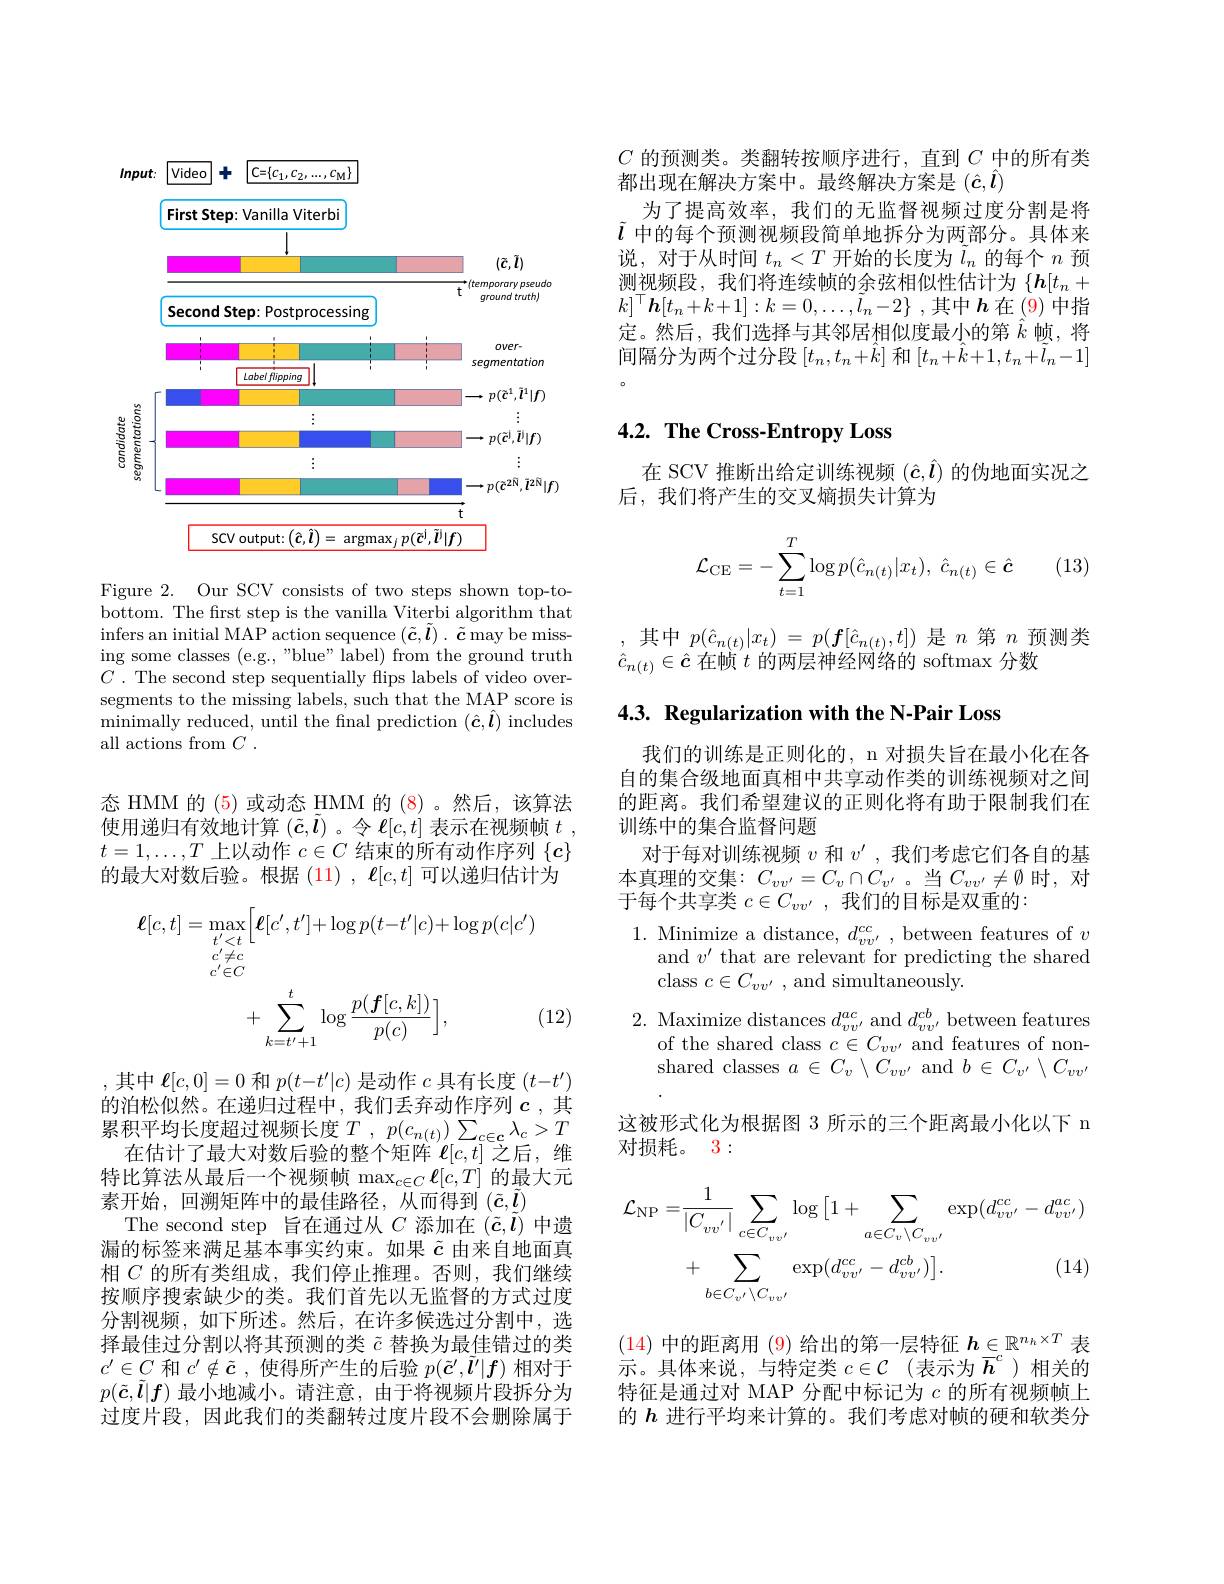
$\begin{array}{l}C\text{ 的预测类。类翻转按顺序进行，直到 }C\text{ 中的所有类}\\\text{都出现在解决方案中。最终解决方案是 }(\hat{c},\hat{l})\end{array}$
为了提高效率，我们的无监督视频过度分割是将$\tilde{l}$中的每个预测视频段简单地拆分为两部分。具体来说，对于从时间$t_n<T$开始的长度为$\tilde{l}_n$的每个$n$预测视频段，我们将连续帧的余弦相似性估计为$\left\{\boldsymbol{h}[t_n+\boldsymbol{l}]\right\}$ $k]^{\top}\boldsymbol{h}[t_n+k+1]:k=0,\ldots,\tilde{l}_n-2\}$ ,其中$h$在(9) 中指定。然后，我们选择与其邻居相似度最小的第$\hat{k}$帧，将间隔分为两个过分段$\left[t_n,t_n+\hat{k}\right]$和$\left[t_n+\hat{k}+1,t_n+\tilde{l}_n-1\right]$

<FigureHere>

Figure 2. Our SCV consists of two steps shown top-tobottom. The frst step is the vanilla Viterbi algorithm that infers an initial MAP action sequence $(\tilde{\boldsymbol{c}},\tilde{\boldsymbol{l}}).\tilde{\boldsymbol{c}}$ may be missing some classes (e.g.,"blue" label) from the ground truth $C.$ The second step sequentially flips labels of video oversegments to the missing labels, such that the MAP score is $\operatorname*{minimally}\mathop{\mathrm{reduced,~until~the~final~prediction~(\hat{\boldsymbol{c}},\hat{\boldsymbol{l}})}}$ includes all actions from $C$ .

态 HMM 的 (5)或动态 HMM 的 (8)。然后，该算法使用递归有效地计算$(\tilde{\boldsymbol{c}},\tilde{\boldsymbol{l}})$ 。令$\boldsymbol{\ell}[c,t]$表示在视频帧$t$ $t=1,\ldots,T$上以动作$c\in C$结束的所有动作序列$\{c\}$ 的最大对数后验。根据(11) , $\ell[c,t]$可以递归估计为
$$\begin{aligned}\ell[c,t]&=\max_{t^{\prime}<t}\Big[\ell[c^{\prime},t^{\prime}]+\log p(t-t^{\prime}|c)+\log p(c|c^{\prime})\\&c^{\prime}\neq c\\&c^{\prime}\in C\\&+\sum_{k=t^{\prime}+1}^{t}\log\frac{p(\boldsymbol{f}[c,k])}{p(c)}\Big],&\text{(}\end{aligned}$$
(12)

,其中$\ell[c,0]=0$和$p(t-t^\prime|c)$是动作$c$具有长度$(t-t^\prime)$ 的泊松似然。在递归过程中，我们丢弃动作序列$c$ ,其累积平均长度超过视频长度$T$ , $p( c_{n( t) })$ $\sum _{c\in \mathbf{c} }\lambda _c> T$
在估计了最大对数后验的整个矩阵$^\prime\ell[c,t]$之后，维特比算法从最后一个视频帧$\max_c\in C\boldsymbol{\ell}[c,T]$ 的最大元素开始，回溯矩阵中的最佳路径，从而得到($\tilde{\boldsymbol{c}},\tilde{\boldsymbol{l}})$
The second step 旨在通过从$C$添加在$(\tilde{c},\tilde{l})$中遗漏的标签来满足基本事实约束。如果$\tilde{c}$由来自地面真相$C$的所有类组成，我们停止推理。否则，我们继续按顺序搜索缺少的类。我们首先以无监督的方式过度分割视频，如下所述。然后，在许多候选过分割中，选择最佳过分割以将其预测的类$\tilde{c}$替换为最佳错过的类$c^{\prime}\in C$和$c^\prime\notin\tilde{\boldsymbol{c}}$ ,使得所产生的后验$p(\tilde{\boldsymbol{c}}^\prime,\tilde{\boldsymbol{l}}^\prime|\boldsymbol{f})$相对于$p(\tilde{\boldsymbol{c}},\tilde{\boldsymbol{l}}|\boldsymbol{f})$最小地减小。请注意，由于将视频片段拆分为过度片段，因此我们的类翻转过度片段不会删除属于

## $4. 2. \textbf{The Cross- Entropy Loss}$

在 SCV 推断出给定训练视频$(\hat{c},\hat{\boldsymbol{l}})$的伪地面实况之
后，我们将产生的交叉熵损失计算为

(13)
$$\mathcal{L}_{\mathrm{CE}}=-\sum_{t=1}^T\log p(\hat{c}_{n(t)}|x_t),\:\hat{c}_{n(t)}\in\hat{\boldsymbol{c}}$$
,其中$p(\hat{c}_{n(t)}|x_{t})=p(\boldsymbol{f}[\hat{c}_{n(t)},t])$是$n$ 第$n$预测类
$\hat{c}_{n(t)}\in\hat{\boldsymbol{c}}$ 在帧$^\prime t$ 的两层神经网络的 softmax 分数

4.3. Regularization with the N-Pair Loss

我们的训练是正则化的，n 对损失旨在最小化在各自的集合级地面真相中共享动作类的训练视频对之间的距离。我们希望建议的正则化将有助于限制我们在训练中的集合监督问题
对于每对训练视频$v$和$v^\prime$,我们考虑它们各自的基本真理的交集：$C_vv^{\prime}=C_v\cap C_{v^{\prime}}$。当$C_vv^{\prime}\neq\emptyset$时，对于每个共享类$c\in C_vv^{\prime}$,我们的目标是双重的：

1. Minimize a distance, $d_vv^{cc}$, between features of $v$
and $v^\prime$ that are relevant for predicting the shared
class $c\in C_{vv^{\prime}}$ , and simultaneously.

2. Maximize distances $d_vv^{\prime}^{ac}$ and $d_vv^{\prime}^{cb}$ between features
of the shared class $c\in C_vv^{\prime}$ and features of nonshared classes $a\in C_v\setminus C_{vv^{\prime}}$ and $b\in C_v^{\prime}\setminus C_{vv^{\prime}}$
这被形式化为根据图 3 所示的三个距离最小化以下 n
对损耗。3:
$$\begin{aligned}\mathcal{L}_{\mathrm{NP}}=&\frac{1}{|C_{vv^{\prime}}|}\sum_{c\in C_{vv^{\prime}}}\log\big[1+\sum_{a\in C_{v}\setminus C_{vv^{\prime}}}\exp(d_{vv^{\prime}}^{cc}-d_{vv^{\prime}}^{ac})\\&+\sum_{b\in C_{v^{\prime}}\setminus C_{vv^{\prime}}}\exp(d_{vv^{\prime}}^{cc}-d_{vv^{\prime}}^{cb})\Big].&(14)\end{aligned}$$
(14)中的距离用 (9) 给出的第一层特征$h\in\mathbb{R}^{n_h\times T}$表示。具体来说，与特定类$c\in\mathcal{C}$ (表示为$\overline{h}^c$ )相关的特征是通过对 MAP 分配中标记为$c$的所有视频帧上的$h$进行平均来计算的。我们考虑对帧的硬和软类分